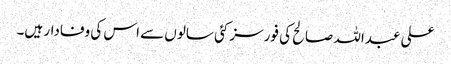
علی عبداللہ صالح کی فورسز کئی سالوں سے اس کی وفادار ہیں۔